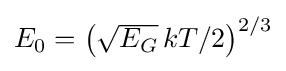
{\textstyle E_{0}=\left({\sqrt {E_{G}}}\,kT/2\right)^{2/3}}